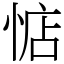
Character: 惦